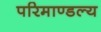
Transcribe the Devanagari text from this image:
परिमाण्डल्य